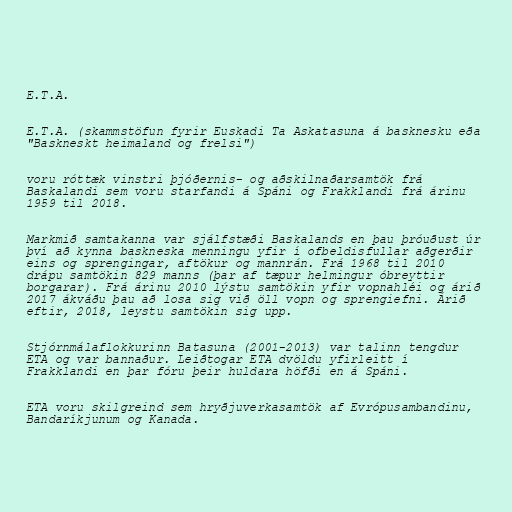
E.T.A.

E.T.A. (skammstöfun fyrir Euskadi Ta Askatasuna á basknesku eða
"Baskneskt heimaland og frelsi")

voru róttæk vinstri þjóðernis- og aðskilnaðarsamtök frá
Baskalandi sem voru starfandi á Spáni og Frakklandi frá árinu
1959 til 2018.

Markmið samtakanna var sjálfstæði Baskalands en þau þróuðust úr
því að kynna baskneska menningu yfir í ofbeldisfullar aðgerðir
eins og sprengingar, aftökur og mannrán. Frá 1968 til 2010
drápu samtökin 829 manns (þar af tæpur helmingur óbreyttir
borgarar). Frá árinu 2010 lýstu samtökin yfir vopnahléi og árið
2017 ákváðu þau að losa sig við öll vopn og sprengiefni. Árið
eftir, 2018, leystu samtökin sig upp.

Stjórnmálaflokkurinn Batasuna (2001-2013) var talinn tengdur
ETA og var bannaður. Leiðtogar ETA dvöldu yfirleitt í
Frakklandi en þar fóru þeir huldara höfði en á Spáni.

ETA voru skilgreind sem hryðjuverkasamtök af Evrópusambandinu,
Bandaríkjunum og Kanada.